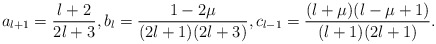
\begin{align*}a_{l+1}=\displaystyle\frac{l+2}{2l+3},b_l=\displaystyle\frac{1-2\mu}{(2l+1)(2l+3)},c_{l-1}=\displaystyle\frac{(l+\mu)(l-\mu+1)}{(l+1)(2l+1)}.\end{align*}